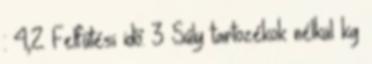
: 4,2 Felfűtési idő: 3 Súly tartozékok nélkül kg